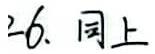
26. 同上